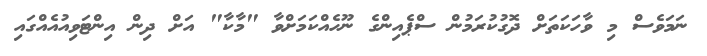
ނަމަވެސް މި ވާހަކަތަށް ދޮގުކުރަމުން ސްޕެއިންގެ ނޫހެއްކަމަށްވާ "މާކާ" އަށް ދިން އިންޓަވިއުއެއްގައި